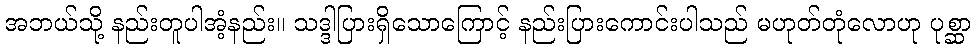
အဘယ်သို့ နည်းတူပါအံ့နည်း။ သဒ္ဒါပြားရှိသောကြောင့် နည်းပြားကောင်းပါသည် မဟုတ်တုံလောဟု ပုစ္ဆာ